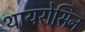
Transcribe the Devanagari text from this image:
थायरोसिन